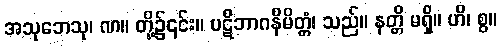
အသုဘေသု၊ ဏ။ တို့၌၎င်း။ ပဋိဘာဂနိမိတ္တံ၊ သည်။ နတ္တိ မရှိ။ ဟိ၊ စွ။